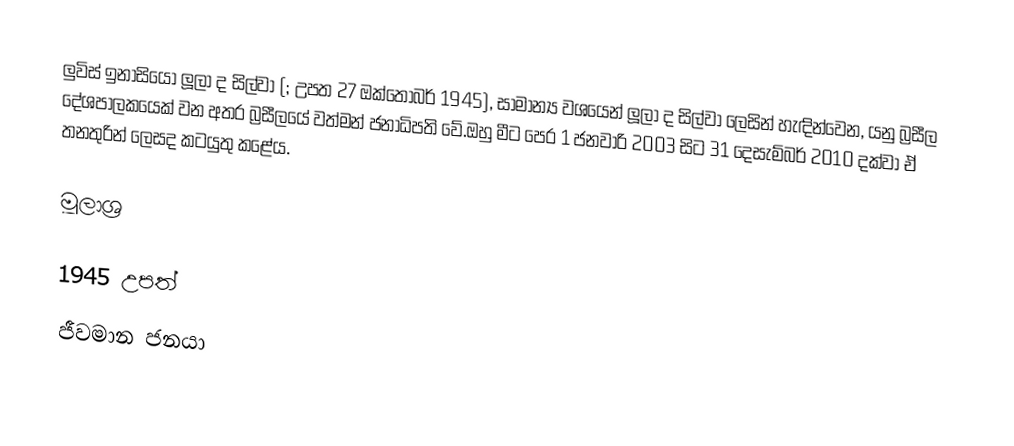
ලුවිස් ඉනාසියෝ ලූලා ද සිල්වා (; උපත 27 ඔක්තෝබර් 1945), සාමාන්‍ය වශයෙන් ලූලා ද සිල්වා ලෙසින් හැඳින්වෙන, යනු බ්‍රසීල දේශපාලකයෙක් වන අතර බ්‍රසීලයේ වත්මන් ජනාධිපති වේ.ඔහු මීට පෙර 1 ජනවාරි 2003 සිට 31 දෙසැම්බර් 2010 දක්වා ඒ තනතුරින් ලෙසද කටයුතු කළේය.

මූලාශ්‍ර

1945 උපත්
ජීවමාන ජනයා